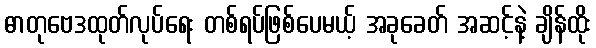
ဓာတုဗေဒထုတ်လုပ်ရေး တစ်ရပ်ဖြစ်ပေမယ့် အခုခေတ် အဆင့်နဲ့ ချိန်ထိုး